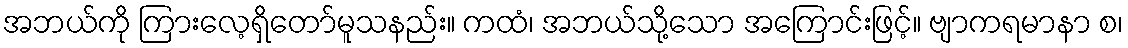
အဘယ်ကို ကြားလေ့ရှိတော်မူသနည်း။ ကထံ၊ အဘယ်သို့သော အကြောင်းဖြင့်။ ဗျာကရမာနာ စ၊